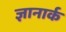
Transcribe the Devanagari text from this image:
ज्ञानार्क